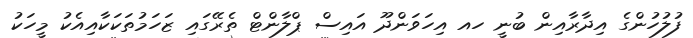
ފުލުހުންގެ އިދާރާއިން ބުނީ ހއ އިހަވަންދޫ އައިސް ޕްލާންޓް ތެރޭގައި ޒަހަމުތަކަކާއިއެކު މީހަކު